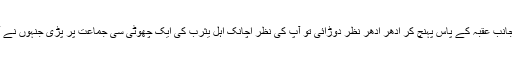
چنانچہ جب حج کا موقع آیا تو آپؐ بڑے شوق کے ساتھ اپنے گھر سے نکلے اور منٰی کی جانب عقبہ کے پاس پہنچ کر ادھر ادھر نظر دوڑائی تو آپؐ کی نظر اچانک اہلِ یثرب کی ایک چھوٹی سی جماعت پر پڑی جنہوں نے آپ کو دیکھ کر فورًا پہچان لیا اور نہایت محبت اور اخلاص سے آگے بڑھ کر آپؐ کو ملے۔